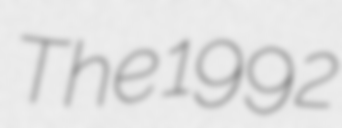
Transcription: The 1992